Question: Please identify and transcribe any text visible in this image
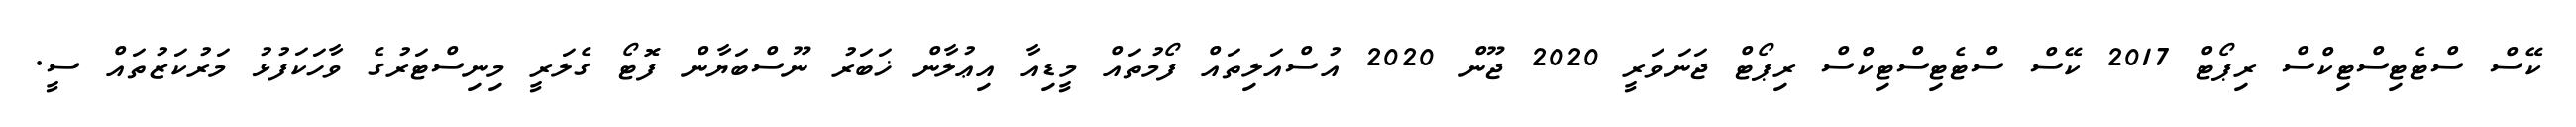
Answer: ކޭސް ސްޓެޓިސްޓިކްސް ރިޕޯޓް 2017 ކޭސް ސްޓެޓިސްޓިކްސް ރިޕޯޓް ޖަނަވަރީ 2020 ޖޫން 2020 އުސްއަލިތައް ފޯމުތައް މީޑިއާ އިޢުލާން ޚަބަރު ނޫސްބަޔާން ފޮޓޯ ގެލަރީ މިނިސްޓަރުގެ ވާހަކަފުޅު މަރުކަޒުތައް ސީ.